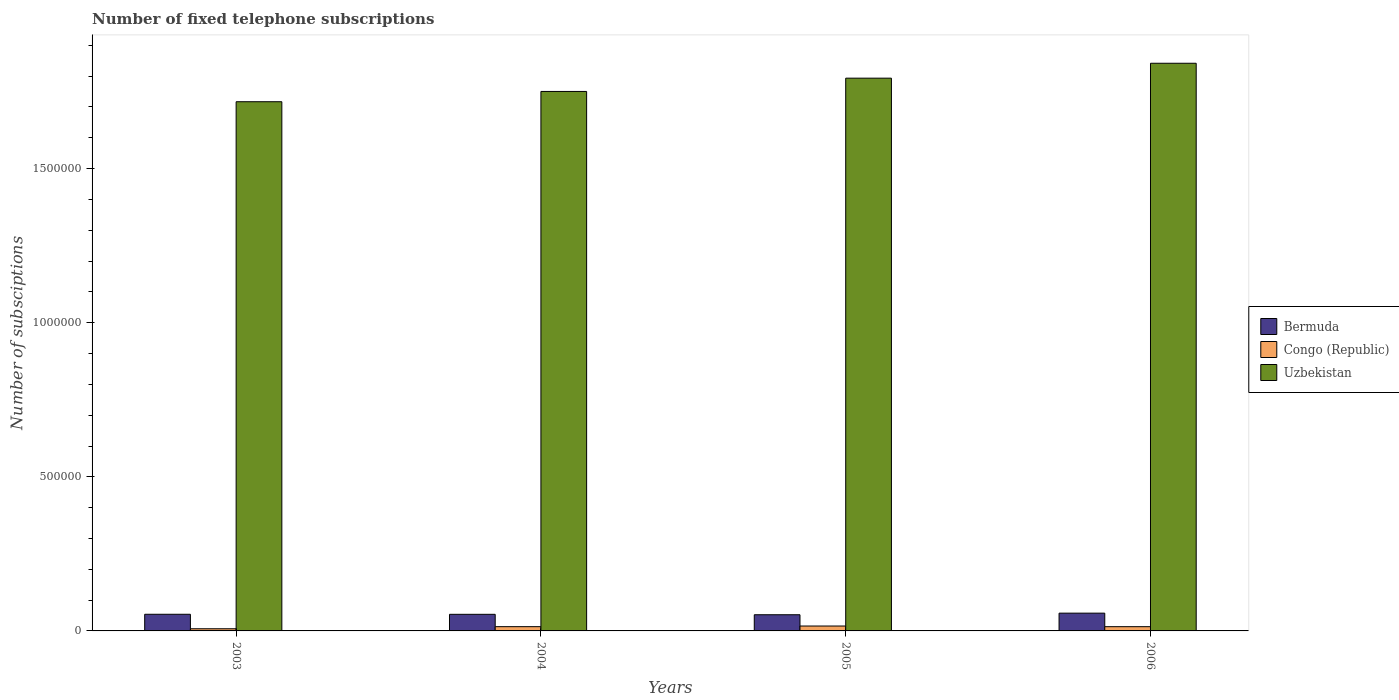
| Years | Bermuda | Congo (Republic) | Uzbekistan |
 | --- | --- | --- | --- |
 | 2003 | 5.4e+04 | 7e+03 | 1.72e+06 |
 | 2004 | 5.38e+04 | 1.38e+04 | 1.75e+06 |
 | 2005 | 5.25e+04 | 1.59e+04 | 1.79e+06 |
 | 2006 | 5.77e+04 | 1.38e+04 | 1.84e+06 |